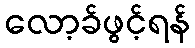
လော့ခ်ဖွင့်ရန်